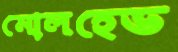
মোলহেড